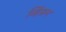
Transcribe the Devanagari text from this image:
व्हिंसन